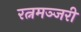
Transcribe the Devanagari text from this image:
रत्नमञ्जरी